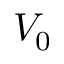
V _ { 0 }